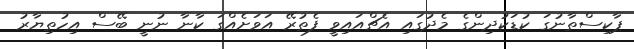
ޕާކިސްތާނުގަ ކުޑަކުދިންގެ މެދުގައި އެޗްއައިވީ ފެތުރޭ އަވަށެއްގަ ކާނާ ނުނީ ބޭސް އިހުތިޔާރު